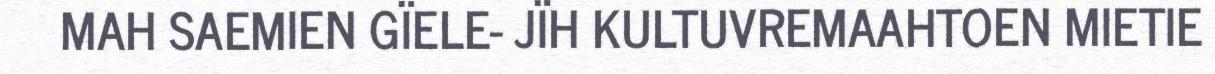
MAH SAEMIEN GÏELE- JÏH KULTUVREMAAHTOEN MIETIE